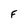
Character: F